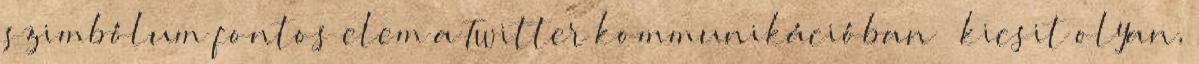
szimbólum fontos elem a Twitter kommunikációban — kicsit olyan,